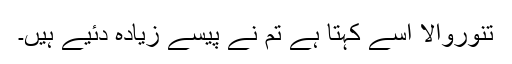
تنوروالا اسے کہتا ہے تم نے پیسے زیادہ دئیے ہیں۔